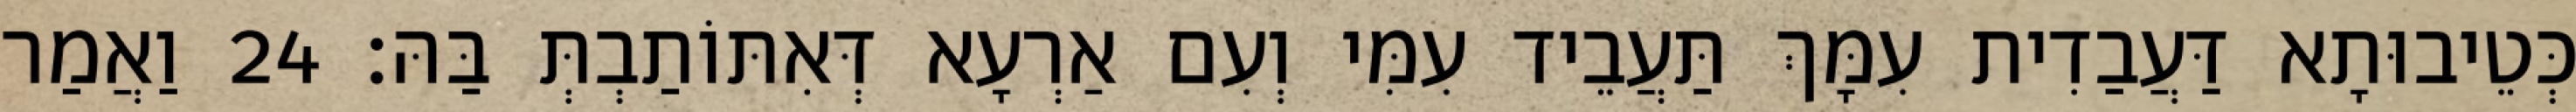
כְּטֵיבוּתָא דַּעֲבַדִית עִמָּךְ תַּעֲבֵיד עִמִּי וְעִם אַרְעָא דְּאִתּוֹתַבְתְּ בַּהּ׃ 24 וַאֲמַר